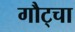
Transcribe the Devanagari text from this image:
गौट्चा